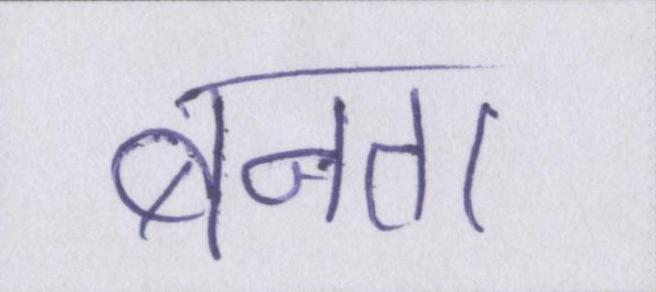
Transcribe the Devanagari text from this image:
बनता